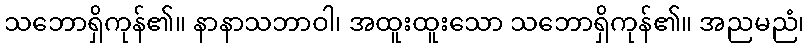
သဘောရှိကုန်၏။ နာနာသဘာဝါ၊ အထူးထူးသော သဘောရှိကုန်၏။ အညမညံ၊